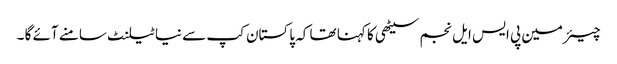
چیئرمین پی ایس ایل نجم سیٹھی کا کہنا تھا کہ پاکستان کپ سے نیا ٹیلنٹ سامنے آئے گا ۔